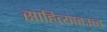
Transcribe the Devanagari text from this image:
साहित्यातउच्च